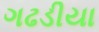
ગઢડીયા